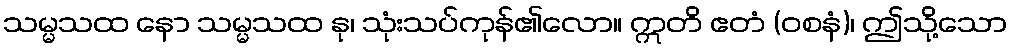
သမ္မသထ နော သမ္မသထ နု၊ သုံးသပ်ကုန်၏လော။ ဣတိ ဧတံ (ဝစနံ)၊ ဤသို့သော